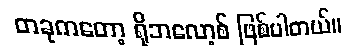
တခုကတော့ ရိုဘလော့စ် ဖြစ်ပါတယ်။